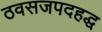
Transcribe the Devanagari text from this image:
ठवसजपदहद्ध